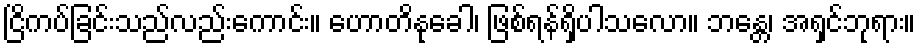
ငြိကပ်ခြင်းသည်လည်းကောင်း။ ဟောတိနုခေါ၊ ဖြစ်ရန်ရှိပါသလော။ ဘန္တေ၊ အရှင်ဘုရား။